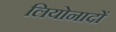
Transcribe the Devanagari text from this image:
लियोनादों